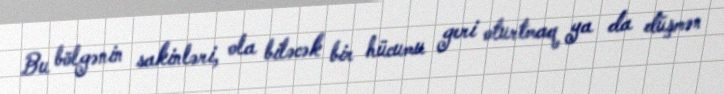
Bu bölgənin sakinləri, ola biləcək bir hücumu geri oturtmaq ya da düşmən